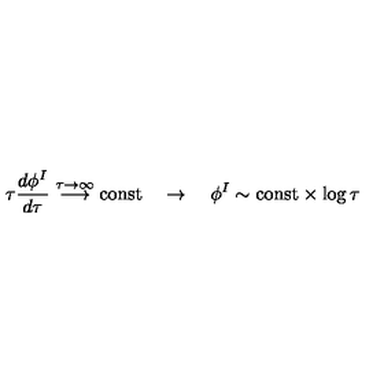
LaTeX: \tau \frac { d \phi ^ { I } } { d \tau } \stackrel { \tau \to \infty } { \longrightarrow } \mathrm { c o n s t } \quad \rightarrow \quad \phi ^ { I } \sim \mathrm { c o n s t } \times \log \tau